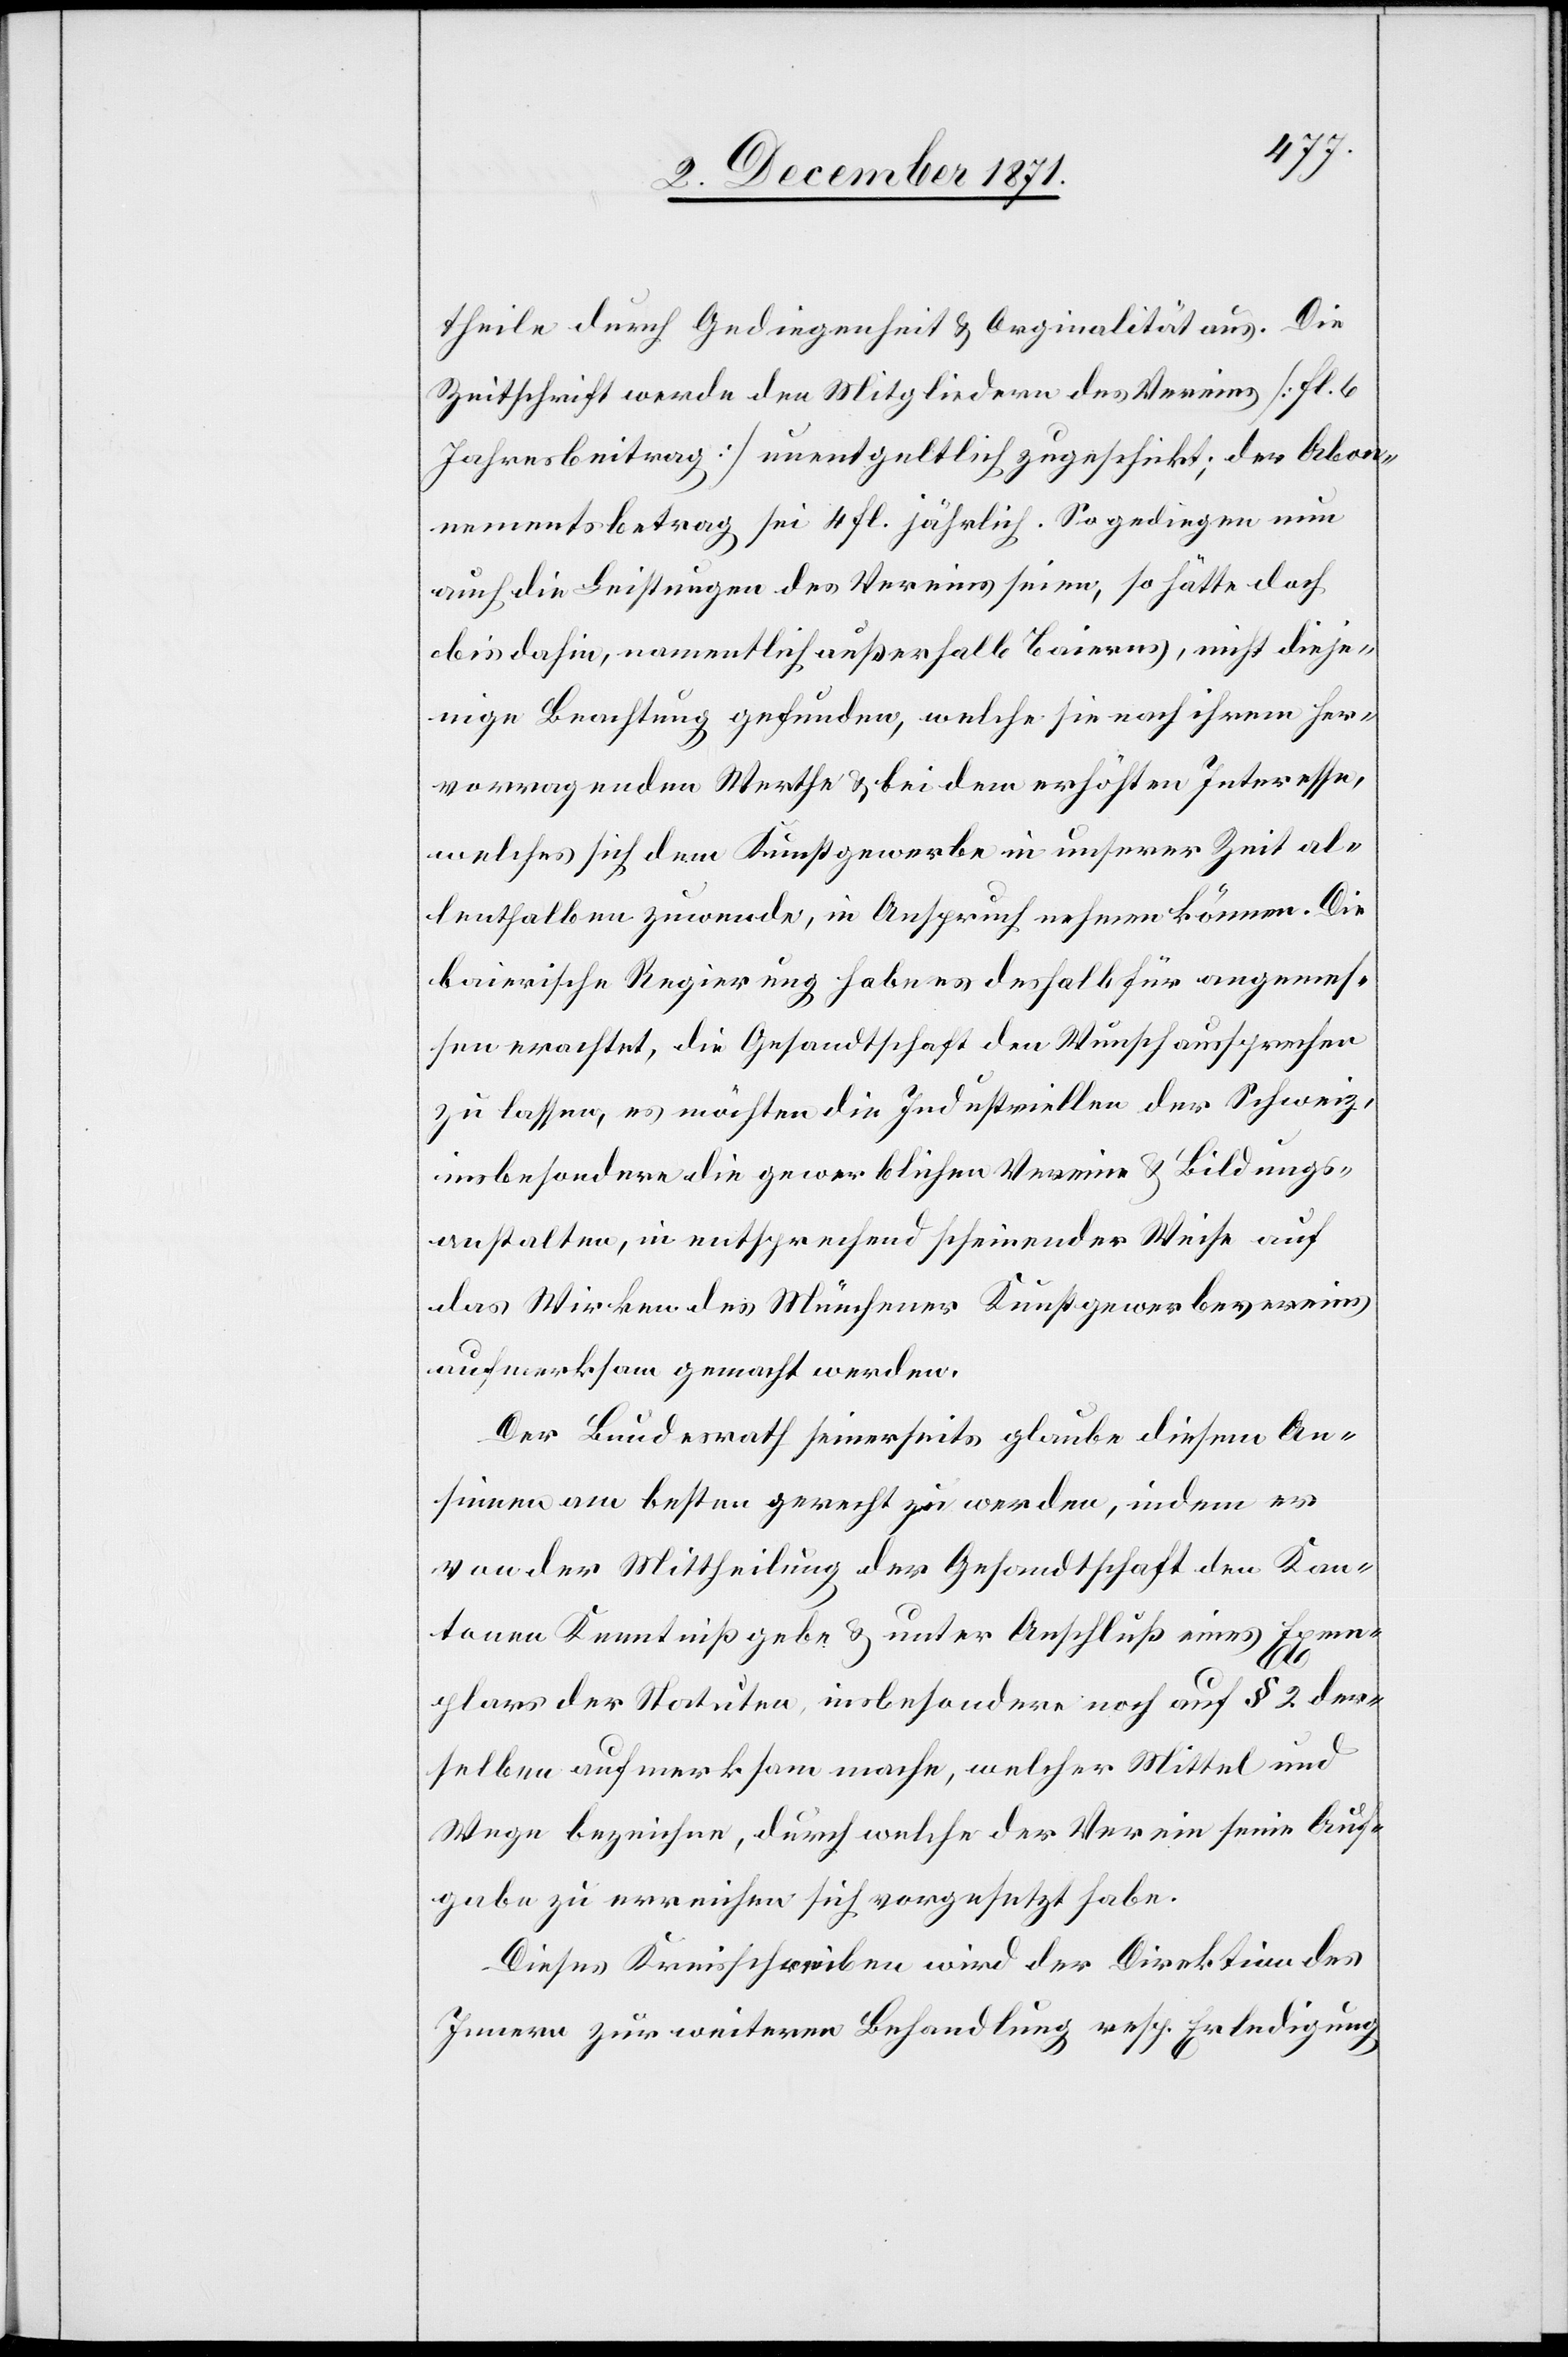
theile durch Gediegenheit & Originalität aus. Die
Zeitschrift werde den Mitgliedern des Vereins [fl. 6
Jahresbeitrag] unentgeltlich zugeschickt; der Abon¬
nementsbetrag sei 4 fl. jährlich. So gediegen nun
auch die Leistungen des Vereins seien, so hätte[n]
bis dahin, namentlich außerhalb Baierns, nicht dieje¬
nige Beachtung gefunden, welche sie nach ihrem her¬
vorragenden Werthe & bei dem erhöhten Interesse,
welches sich dem Kunstgewerbe in unserer Zeit al¬
lenthalben zuwende, in Anspruch nehmen können.
baierische Regierung habe es deshalb für angemes¬
sen erachtet, die Gesandtschaft den Wunsch aussprechen
zu lassen, es möchten die Industriellen der Schweiz,
insbesondere die gewerblichen Vereine & Bildungs¬
anstalten, in entsprechend scheinender Weise auf
das Wirken des Münchener Kunstgewerbevereins
aufmerksam gemacht werden.
Der Bundesrath seinerseits glaube diesem An¬
sinnen am besten gerecht zu werden, indem er
von der Mittheilung der Gesandtschaft den Kan¬
tonen Kenntniß gebe & unter Anschluß eines Exem¬
plars der Statuten, insbesondere noch auf § 2 der¬
selben aufmerksam mache, welcher Mittel und
Wege bezeichne, durch welche der Verein seine Auf¬
gabe zu erreichen sich vorgesetzt habe.
Dieses Kreisschreiben wird der Direktion des
Innern zur weiteren Behandlung resp. Erledigung